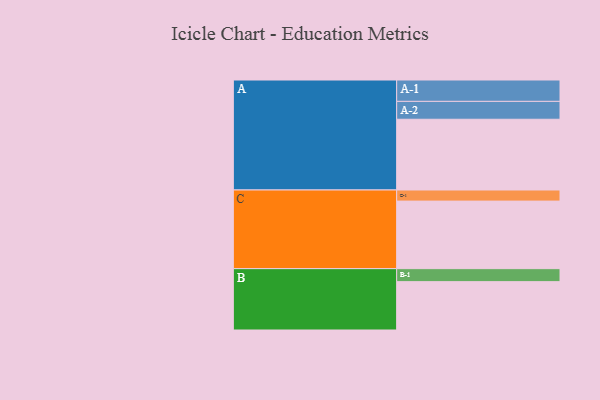
{"axis": {"x": "Segment", "y": "Value"}, "legend": ["", "A", "B", "C"], "data": [{"x": "A", "y": 490, "type": ""}, {"x": "B", "y": 335, "type": ""}, {"x": "C", "y": 468, "type": ""}, {"x": "A-1", "y": 148, "type": "A"}, {"x": "A-2", "y": 124, "type": "A"}, {"x": "B-1", "y": 90, "type": "B"}, {"x": "C-1", "y": 77, "type": "C"}]}